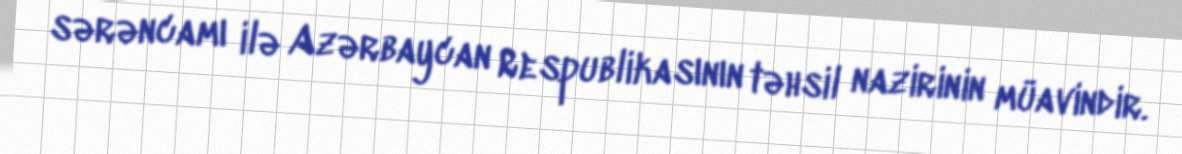
sərəncamı ilə Azərbaycan Respublikasının təhsil nazirinin müavindir.